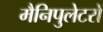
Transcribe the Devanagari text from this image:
मैनिपुलेटरों